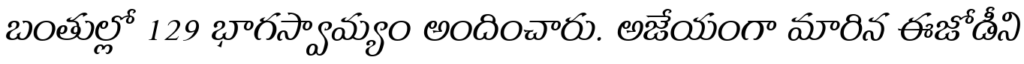
బంతుల్లో 129 భాగస్వామ్యం అందించారు. అజేయంగా మారిన ఈజోడీని